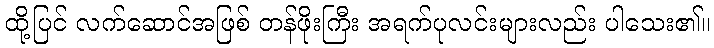
ထို့ပြင် လက်ဆောင်အဖြစ် တန်ဖိုးကြီး အရက်ပုလင်းများလည်း ပါသေး၏။